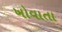
ખોવાતા